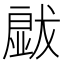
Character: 𱮡